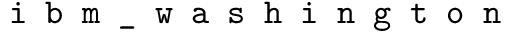
\texttt { i b m \_ w a s h i n g t o n }